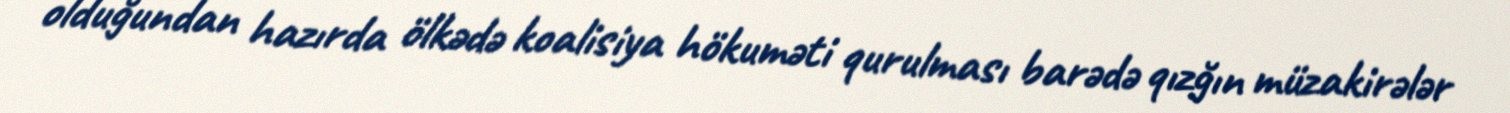
olduğundan hazırda ölkədə koalisiya hökuməti qurulması barədə qızğın müzakirələr